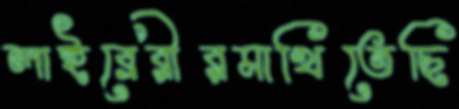
লাইব্রেরীরমাখিতেছি